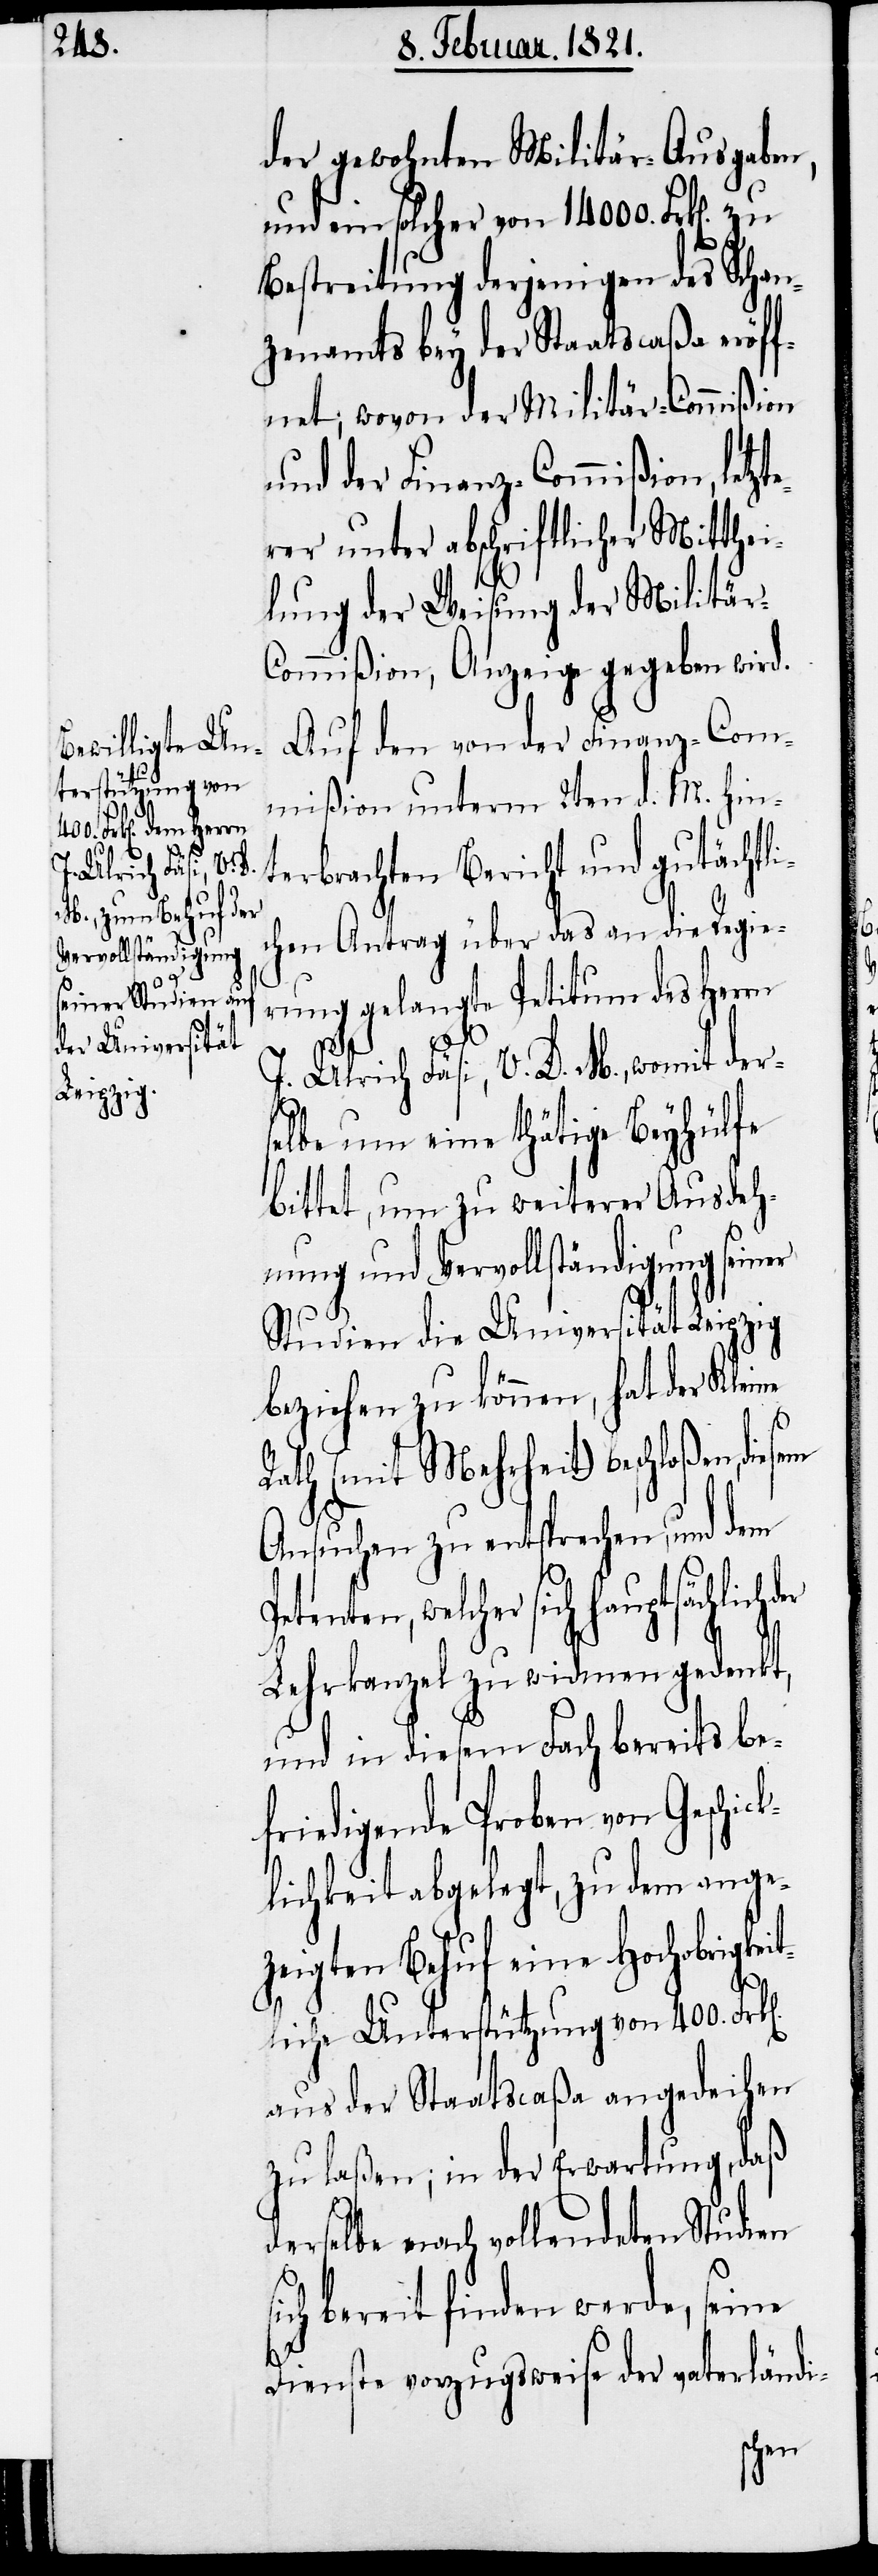
n].

der gewohnten Militär-Ausgaben,
und ein solcher von 14 000. Frk[en].
Bestreitung derjenigen des Schan¬
zenamtes bey der Staatscaßa eröf¬
fnet; wovon der Militär-Commißion
und der Finanz-Commißion, letzt¬
erer unter abschriftlicher Mitthei¬
lung der Weisung der Militär-C¬
ommißion, Anzeige gegeben wird.
Auf den von der Finanz-Com¬
mißion unterm 2ten d. M. hin¬
terbrachten Bericht und gutächtli¬
chen Antrag über das an die Regie¬
rung gelangte Petitum des Herrn
J. Ulrich Fäsi, V. D. M., womit ders¬
elbe um eine thätige Beyhülfe
bittet, um zu weiterer Ausdeh¬
nung und Vervollständigung seiner
Studien die Universität Leipzig
beziehen zu können, hat der Kleine
Rath (mit Mehrheit) beschloßen,
Ansuchen zu entsprechen, und dem
Petenten, welcher sich hauptsächlich d¬
Lehrkanzel zu widmen gedenkt,
und in diesem Fach bereits be¬
friedigende Proben von Geschic¬
klichkeit abgelegt, zu dem ange¬
zeigten Behuf eine Hochobrigkei¬
er
tliche Unterstützung von 400. Frk[e¬
aus der Staatscaßa angedeihen
zu laßen; in der Erwartung, daß
derselbe nach vollendeten Studien
sich bereit finden werde, seine
Dienste vorzugsweise der vaterländi-